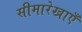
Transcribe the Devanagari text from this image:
सीमारेखाएँ